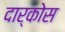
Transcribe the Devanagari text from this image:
दार्कोस